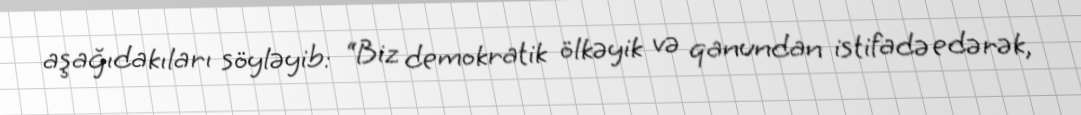
aşağıdakıları söyləyib: “Biz demokratik ölkəyik və qanundan istifadə edərək,